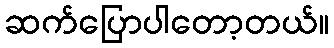
ဆက်ပြောပါတော့တယ်။